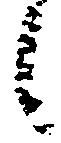
候